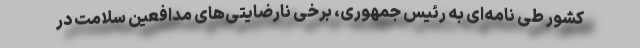
کشور طی نامه‌ای به رئیس جمهوری، برخی نارضایتی‌های مدافعین سلامت در